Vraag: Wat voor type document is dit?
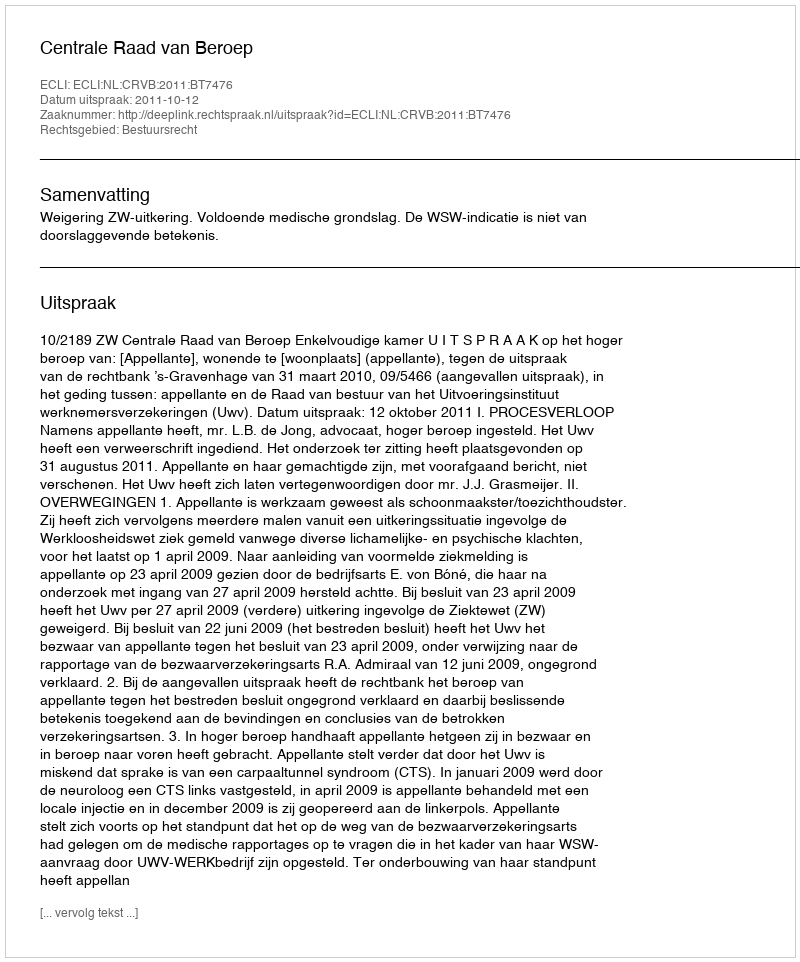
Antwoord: Uitspraak